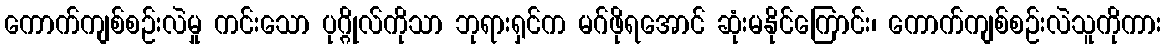
ကောက်ကျစ်စဉ်းလဲမှု ကင်းသော ပုဂ္ဂိုလ်ကိုသာ ဘုရားရှင်က မဂ်ဖိုရအောင် ဆုံးမနိုင်ကြောင်း၊ ကောက်ကျစ်စဉ်းလဲသူကိုကား